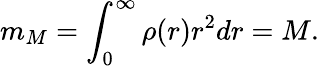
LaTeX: m_{M}=\int_{0}^{\infty}\rho(r)r^{2}dr=M.